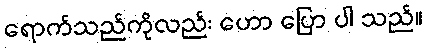
ရောက်သည်ကိုလည်း ဟော ပြော ပါ သည်။